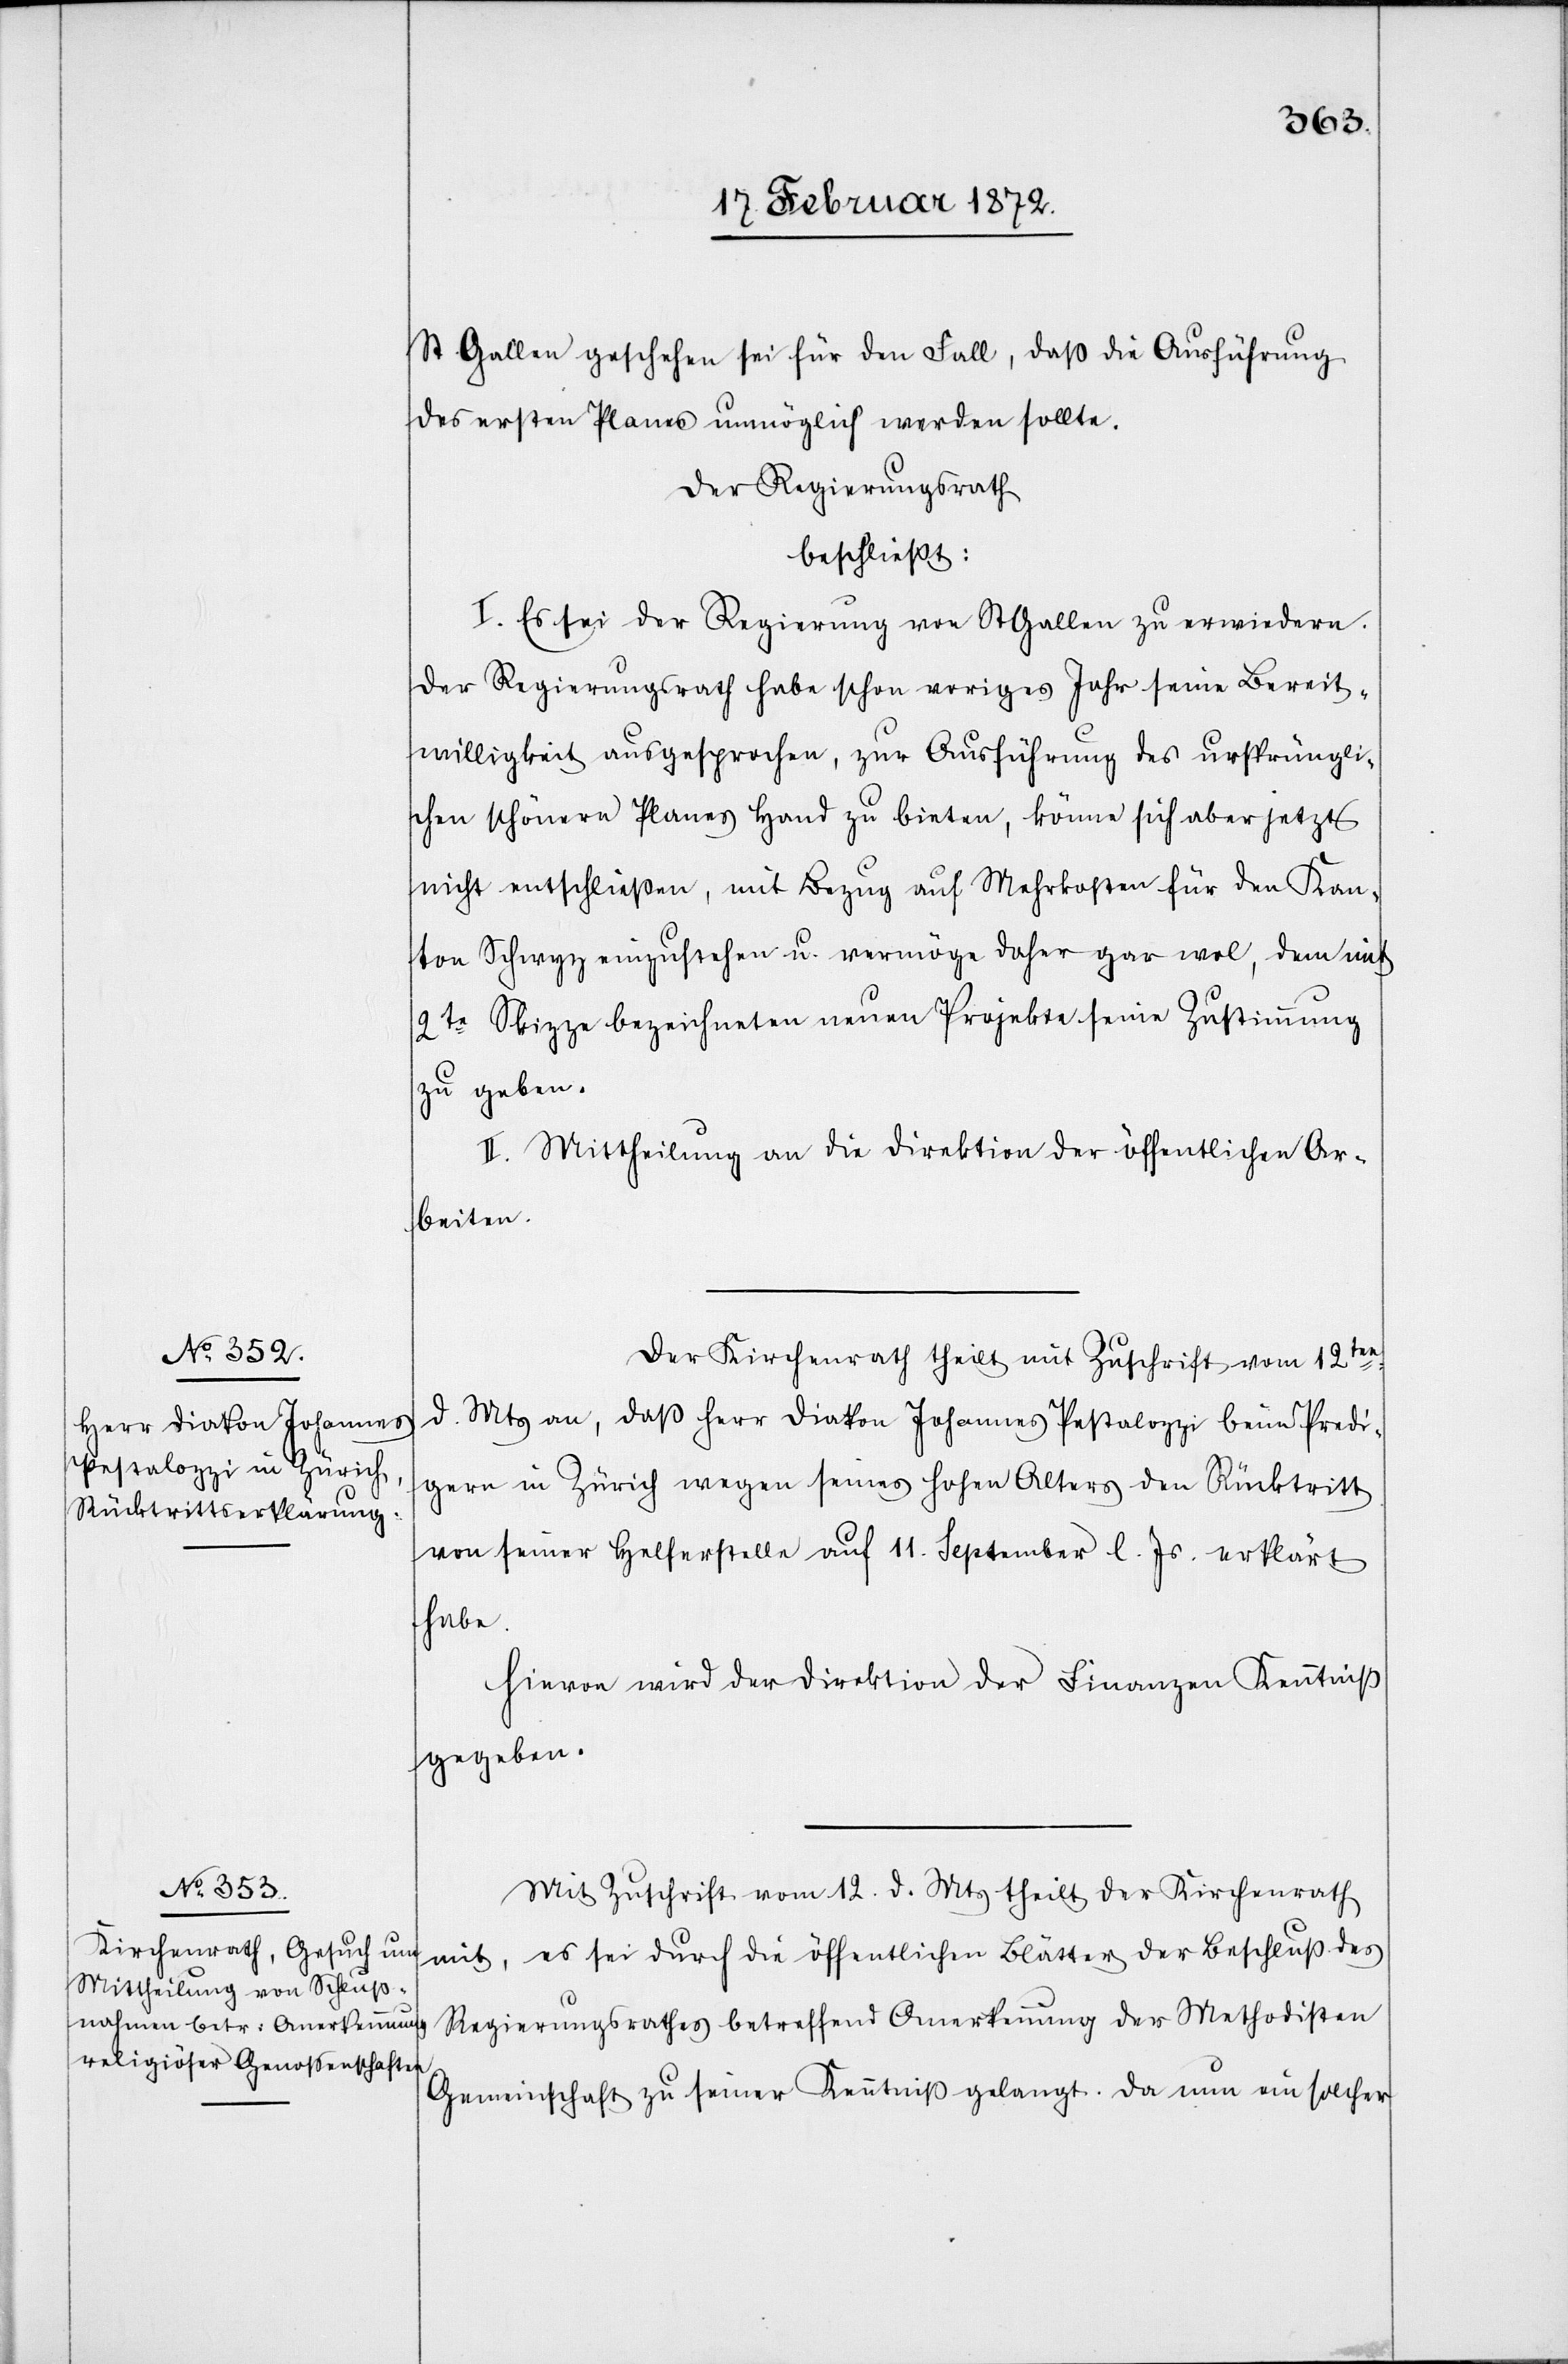
St. Gallen geschehen sei für den Fall, daß die Ausführung
des ersten Planes unmöglich werden sollte.
Der Regierungsrath
beschließt:
I. Es sei der Regierung von St Gallen zu erwiedern,
der Regierungsrath habe schon voriges Jahr seine Bereit¬
willigkeit ausgesprochen, zur Ausführung des ursprüngli¬
chen schönern Planes Hand zu bieten, könne sich aber jetzt
nicht entschließen, mit Bezug auf Mehrkosten für den Kan¬
ton Schwyz einzustehen u. vermöge daher gar wol, dem mit
2te Skizze bezeichneten neuen Projekte seine Zustimmung
zu geben.
II. Mittheilung an die Direktion der öffentlichen Ar¬
beiten.
Der Kirchenrath theilt mit Zuschrift vom 12ten
d. Mts an, daß Herr Diakon Johannes Pestalozzi beim Predi¬
gern in Zürich wegen seines hohen Altern den Rücktritt
von seiner Helferstelle auf 11. September l. Js. erklärt
habe.
Hievon wird der Direktion der Finanzen Kenntniß
gegeben.
Mit Zuschrift vom 12. d. Mts theilt der Kirchenrath
mit, es sei durch die öffentlichen Blätter der Beschluß des
Regierungsrathes betreffend Anerkennung der Methodisten
Gemeinschaft zu seiner Kenntniß gelangt. Da nun ein solcher